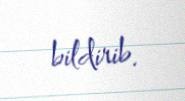
bildirib.